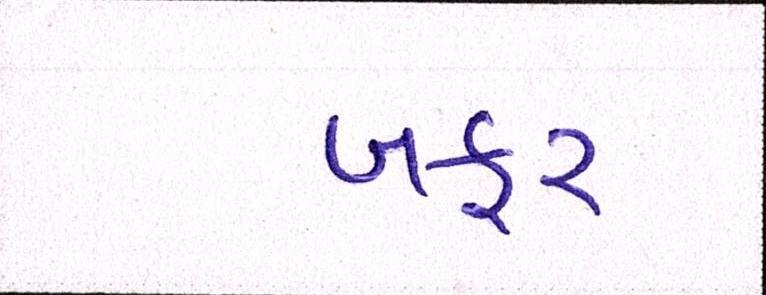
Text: બફર